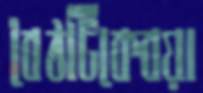
বৈঠটিকেবয়া